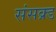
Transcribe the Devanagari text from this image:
संसक्र्ड